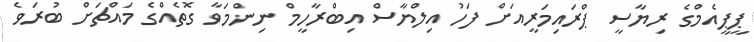
ޕީޕީއެމްގެ ރިޔާސީ ޕްރައިމަރީއަށް ފަހު އިލްޔާސް އިބްރާހީމް ނިންމަވާ ގޮތެއްގެ މައްޗަށް ބުރަވެ